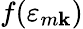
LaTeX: f(\varepsilon_{m\mathbf{k}})